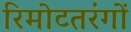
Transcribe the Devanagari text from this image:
रिमोटतरंगों